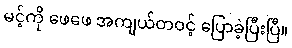
မင့်ကို ဖေဖေ အကျယ်တဝင့် ပြောခဲ့ပြီးပြီ။